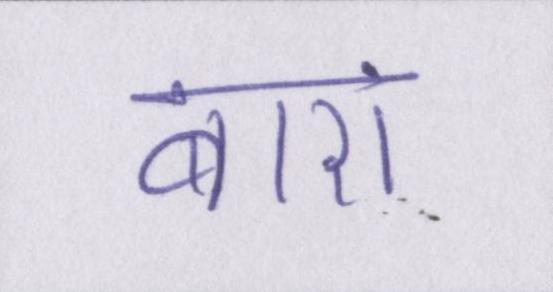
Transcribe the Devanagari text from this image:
बारां